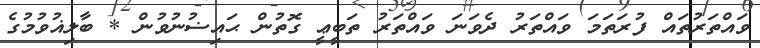
ވައްތަރުތައް ފުރަތަމަ ވައްތަރު ދެވަނަ ވައްތަރު ތަބީޢީ ގޮތުން ޙައިޟުނުވުން * ބާލިޣުވުމުގެ